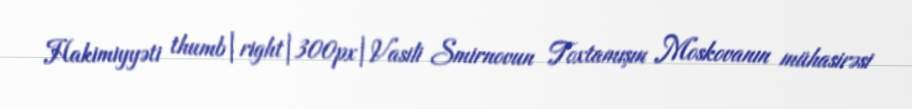
Hakimiyyəti thumb|right|300px|Vasili Smirnovun Toxtamışın Moskovanın mühasirəsi